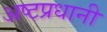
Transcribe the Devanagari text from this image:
अष्टप्रधानी